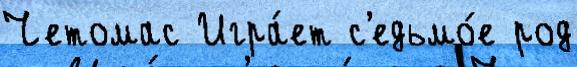
Четомас Игра́ет с'едьмо́е род